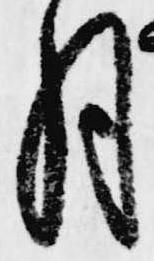
月